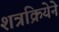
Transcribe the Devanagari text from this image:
शत्रक्रियेने